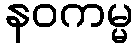
နဝကမ္မ